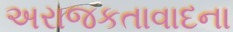
અરાજકતાવાદના